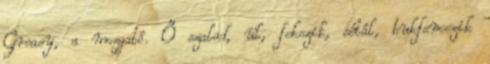
Greasy, a mozgató. Ő szalad, ül, fekszik, sétál, bukfencezik